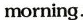
morning.